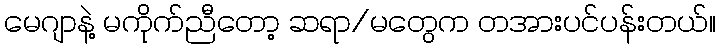
မေဂျာနဲ့ မကိုက်ညီတော့ ဆရာ/မတွေက တအားပင်ပန်းတယ်။